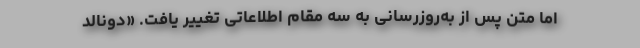
اما متن پس از به‌روزرسانی به سه مقام اطلاعاتی تغییر یافت. «دونالد